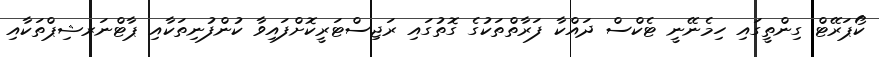
ކޯޕަރޭޓް ގިންތީގައި ހިމެނޭނީ ޓެކްސް ދައްކާ ފަރާތްތަކުގެ ގޮތުގައި ރަޖިސްޓަރީކޮށްފައިވާ ކުންފުނިތަކާއި ޕާޓްނަރޝިޕްތަކާއި